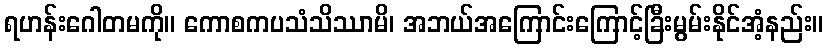
ရဟန်းဂေါတမကို။ ကောစကပသံသိဿာမိ၊ အဘယ်အကြောင်းကြောင့်ခြီးမွမ်းနိုင်အံ့နည်း။